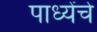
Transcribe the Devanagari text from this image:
पाध्येंचे